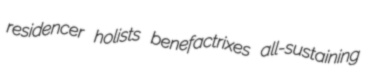
residencer holists benefactrixes all-sustaining